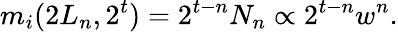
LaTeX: m_{i}(2L_{n},2^{t})=2^{t-n}N_{n}\propto 2^{t-n}w^{n}.